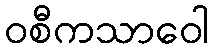
ဝစီကသာဝေါ